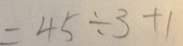
= 4 5 \div 3 + 1